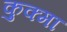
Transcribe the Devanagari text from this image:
कुक्मा